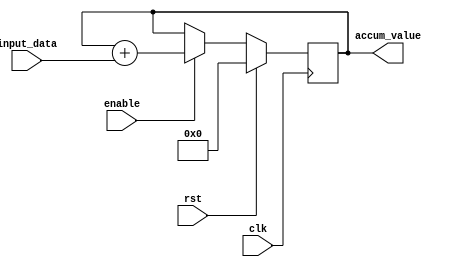
module accumulator(
  input wire clk, //clock input
  input wire rst, //reset input
  input wire enable, //enable input
  input wire [7:0] input_data, //input data to be accumulated
  output reg [15:0] accum_value //output accumulated value
);

always @(posedge clk) begin
  if(rst) //if reset is asserted, clear accumulated value
    accum_value <= 16'b0000000000000000;
  else if(enable) //if enable is asserted, accumulate input data
    accum_value <= accum_value + input_data;
end

endmodule